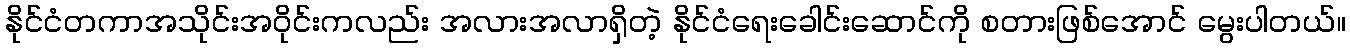
နိုင်ငံတကာအသိုင်းအဝိုင်းကလည်း အလားအလာရှိတဲ့ နိုင်ငံရေးခေါင်းဆောင်ကို စတားဖြစ်အောင် မွေးပါတယ်။